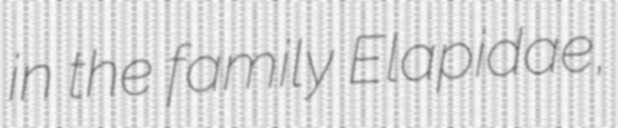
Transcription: in the family Elapidae,